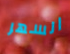
السهر